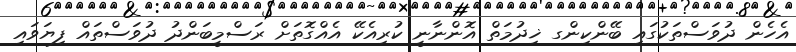
އެހެން ދުވަސްތަކުގައި ބޭންކިންގ ޚިދުމަތް އޮންނާނީ ކުރިއެކޭ އެއްގޮތަށް ރަސްމީބަންދު ދުވަސްތައް ފިޔަވައި